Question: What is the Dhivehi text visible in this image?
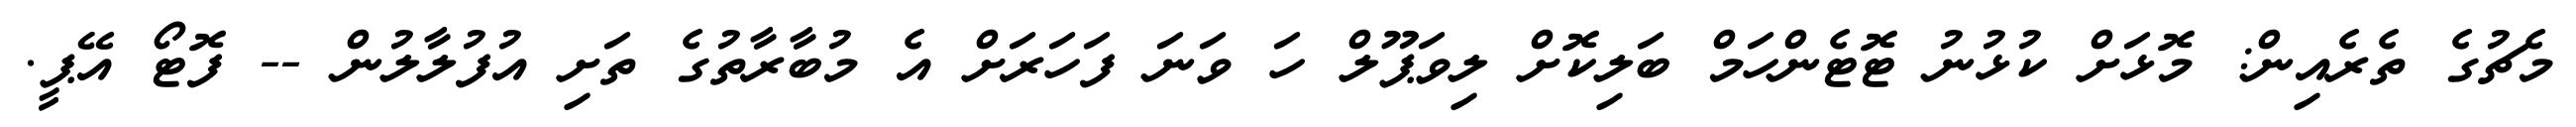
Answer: މެޗުގެ ތެރެއިން: މޮޅަށް ކުޅުނު ޓޮޓެންހަމް ބަލިކޮށް ލިވަޕޫލް ހަ ވަނަ ފަހަރަށް އެ މުބާރާތުގެ ތަށި އުފުލާލުން -- ފޮޓޯ އޭޕީ.